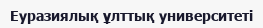
Еуразиялық ұлттық университеті